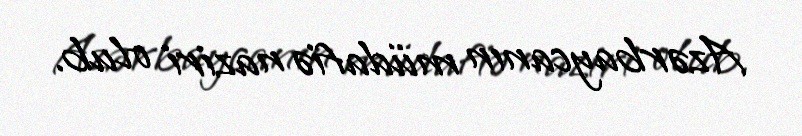
Azərbaycanın müdafiə naziri olub.